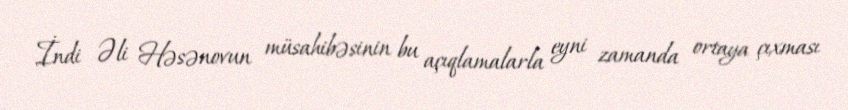
İndi Əli Həsənovun müsahibəsinin bu açıqlamalarla eyni zamanda ortaya çıxması